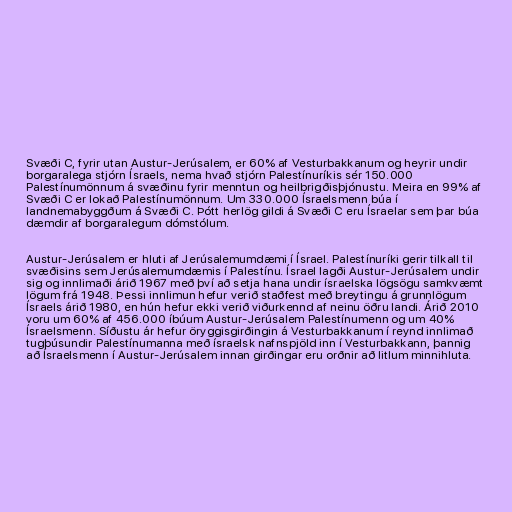
Svæði C, fyrir utan Austur-Jerúsalem, er 60% af Vesturbakkanum og heyrir undir
borgaralega stjórn Ísraels, nema hvað stjórn Palestínuríkis sér 150.000
Palestínumönnum á svæðinu fyrir menntun og heilbrigðisþjónustu. Meira en 99% af
Svæði C er lokað Palestínumönnum. Um 330.000 Ísraelsmenn búa í
landnemabyggðum á Svæði C. Þótt herlög gildi á Svæði C eru Ísraelar sem þar búa
dæmdir af borgaralegum dómstólum.

Austur-Jerúsalem er hluti af Jerúsalemumdæmi í Ísrael. Palestínuríki gerir tilkall til
svæðisins sem Jerúsalemumdæmis í Palestínu. Ísrael lagði Austur-Jerúsalem undir
sig og innlimaði árið 1967 með því að setja hana undir ísraelska lögsögu samkvæmt
lögum frá 1948. Þessi innlimun hefur verið staðfest með breytingu á grunnlögum
Ísraels árið 1980, en hún hefur ekki verið viðurkennd af neinu öðru landi. Árið 2010
voru um 60% af 456.000 íbúum Austur-Jerúsalem Palestínumenn og um 40%
Ísraelsmenn. Síðustu ár hefur öryggisgirðingin á Vesturbakkanum í reynd innlimað
tugþúsundir Palestínumanna með ísraelsk nafnspjöld inn í Vesturbakkann, þannig
að Ísraelsmenn í Austur-Jerúsalem innan girðingar eru orðnir að litlum minnihluta.